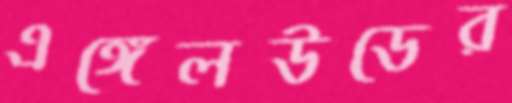
এঙ্গেলউডের